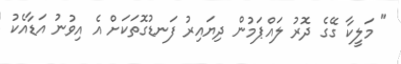
" މަލީކާ ގޭގެ ދޮރު ލައްޕަމުން ދިޔައިރު ފަނޑުގޮތަކަށް އެ އިވުނު އަޑާއެކު